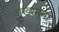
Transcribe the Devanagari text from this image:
पंखानुमा